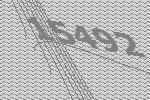
15492